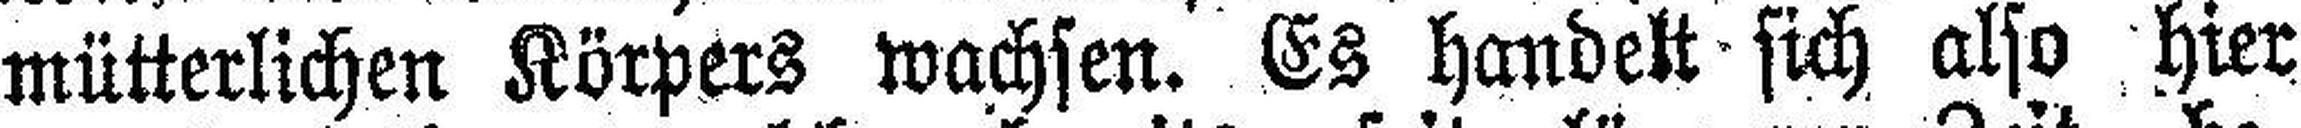
mütterlichen Körpers wachsen. Es handelt sich also hier